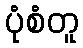
ပုံစံတူ